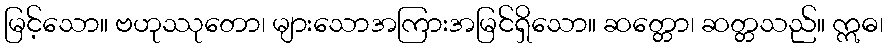
မြင့်သော။ ဗဟုဿုတော၊ များသောအကြားအမြင်ရှိသော။ ဆတ္တော၊ ဆတ္တသည်။ ဣဓ၊